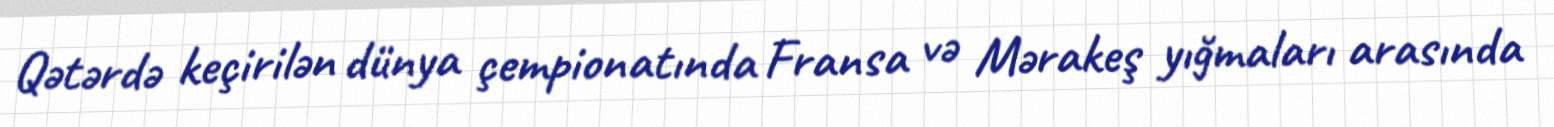
Qətərdə keçirilən dünya çempionatında Fransa və Mərakeş yığmaları arasında